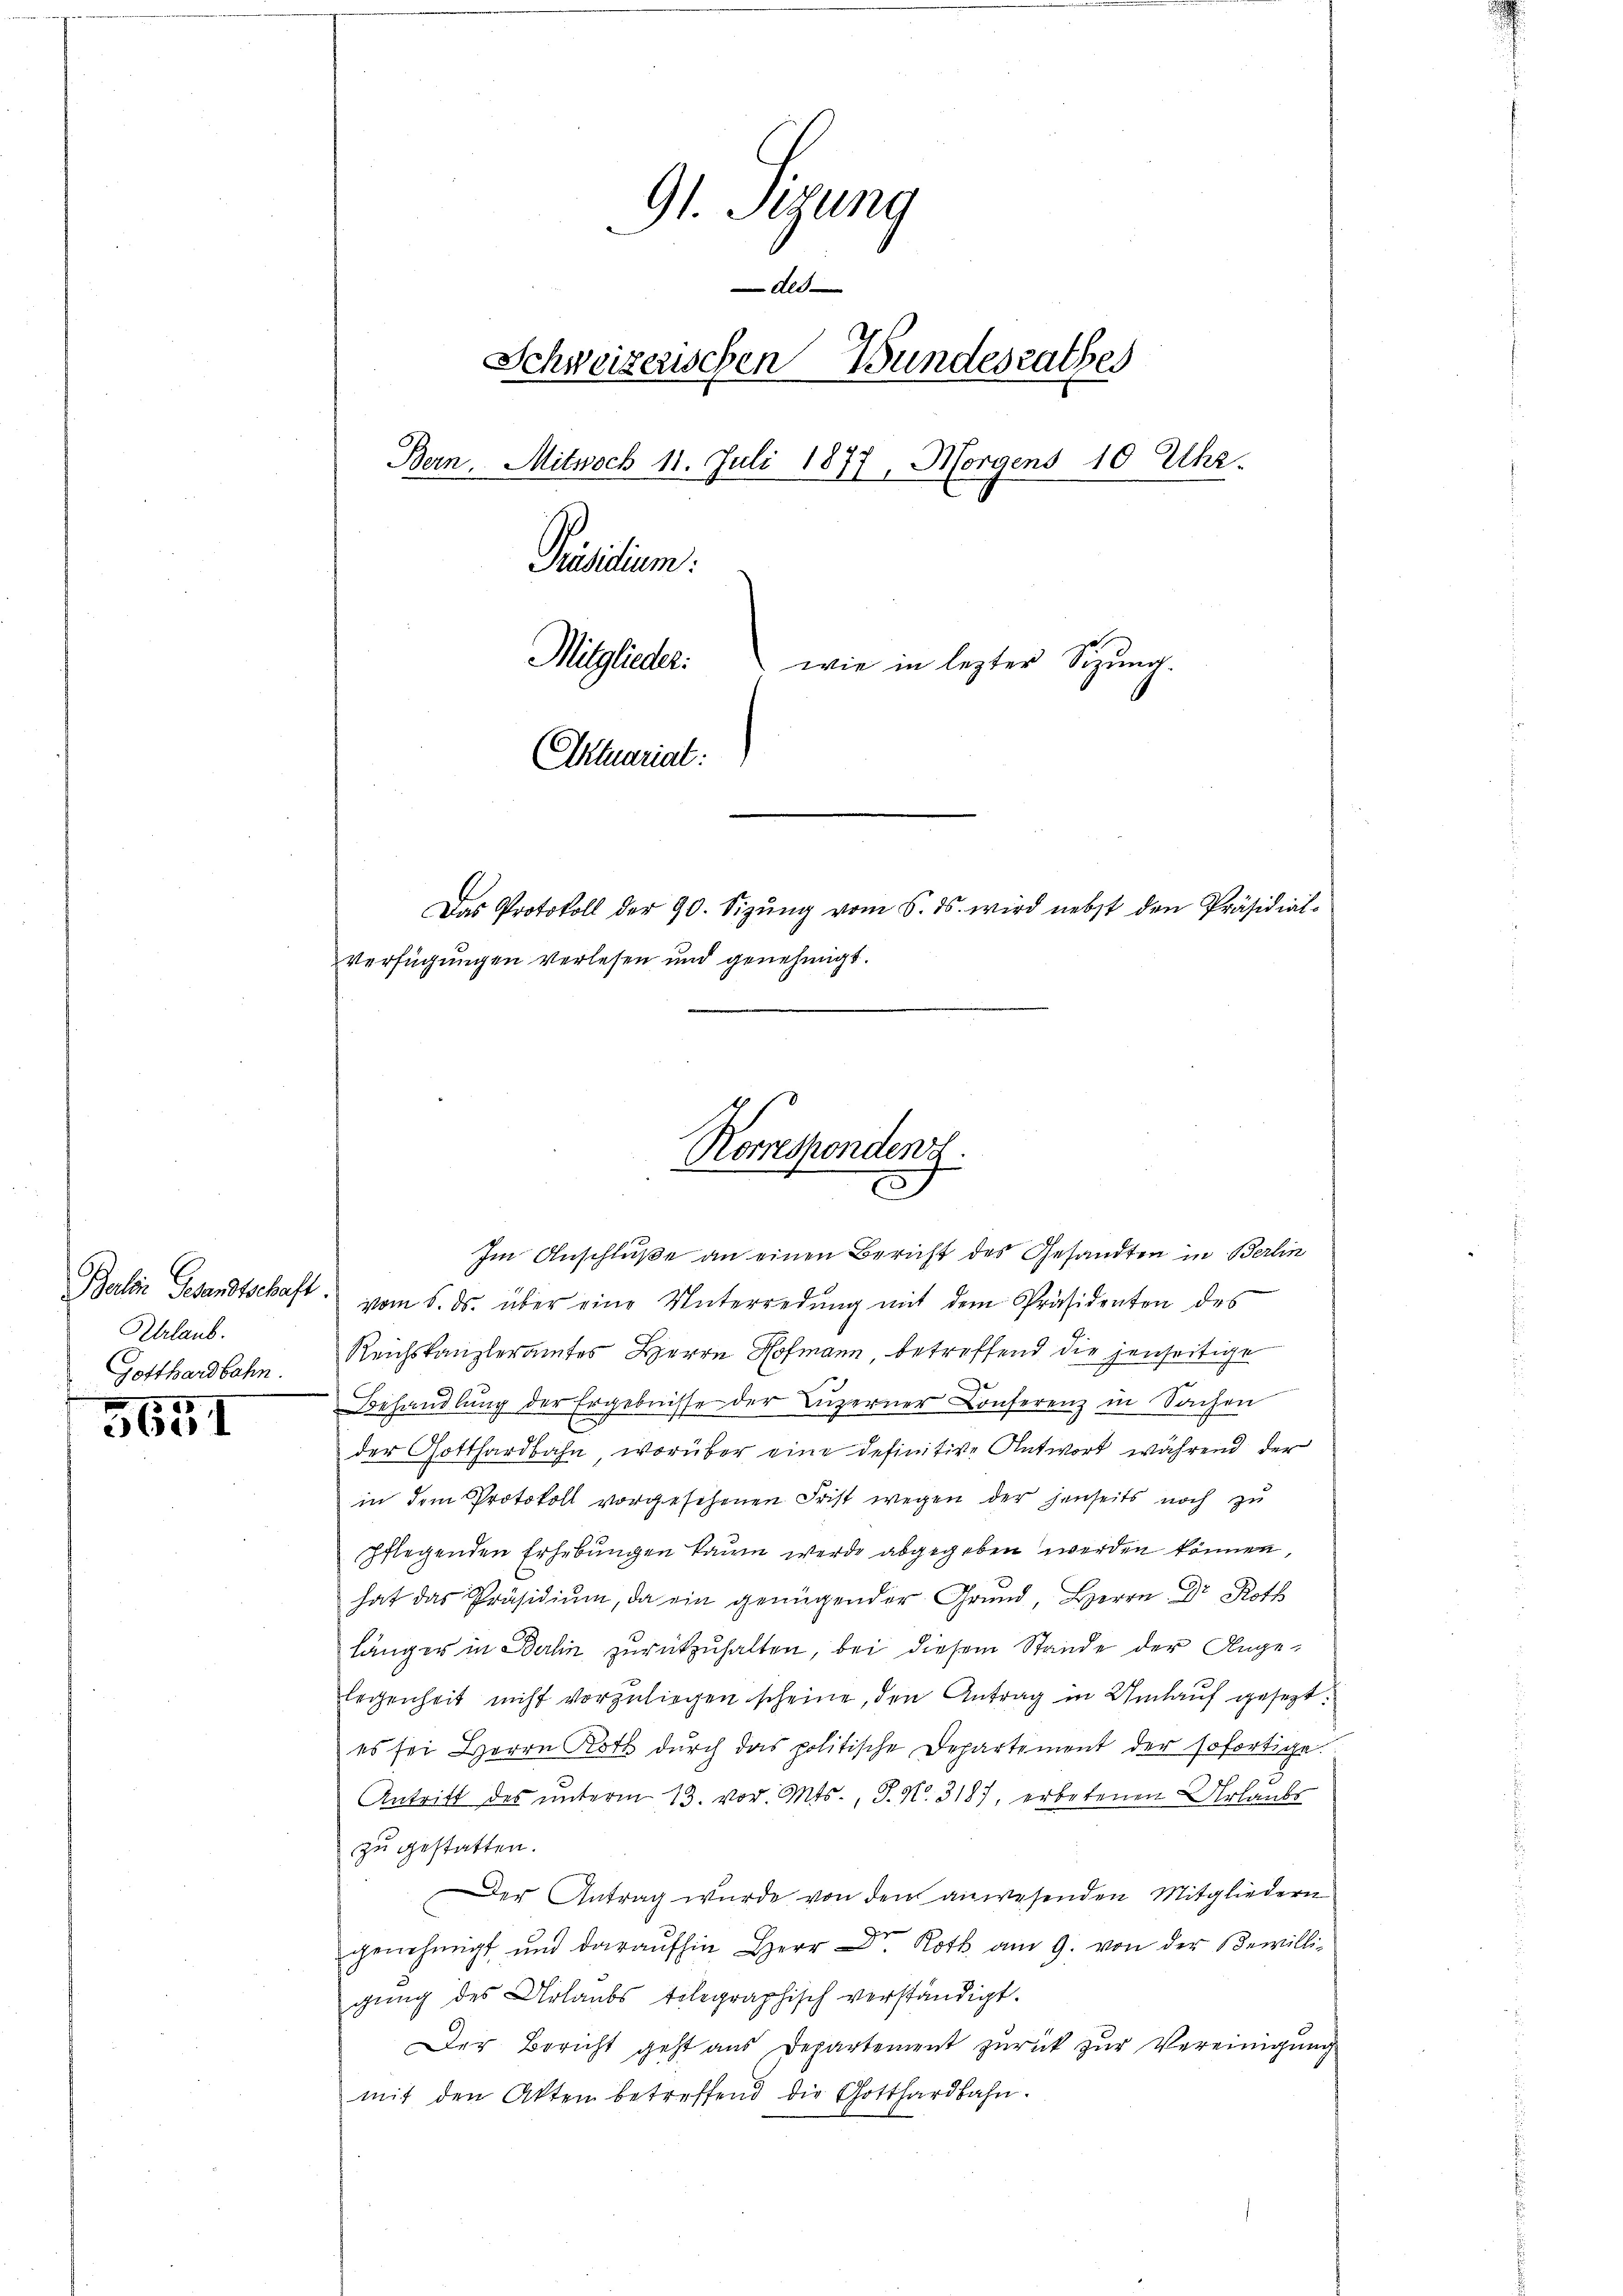
Balbie Gesandtschaft
Urlaub.
Gotthardbahn.

3631

91. Sizung
des
Schweizerischen Bundesrathes
Bern. Mitwoch 11. Juli 1877, Morgens 10 Uhr.
Präsidium
Mitglieder:
wie in lezter Sizung.
Atuariat
Das Protokoll der 90. Sizung vom 6. ds. wird nebst den Präsidial-
Verfügungen verlesen und genehmigt.

Im Anschluße an einen Bericht des Gesandten in Berlin
vom 5. ds. über eine Unterredung mit dem Präsidenten des
Reichskanzleramtes Herrn Hofmann, betreffend die jenseitige
Behandlŭng der Ergebnisse der Luzerner Conferenz in Sachen
der Gotthardbahn, worüber eine definitive Antwort während der
in dem Protokoll vorgesehenen Frist wegen der jenseits noch zu
pflegenden Erhebungen kaum werde abgegeben werden können,
hat das Präsidium, da ein genügender Grund, Herrn Dr Roth
länger in Berlin zurückzuhalten, bei diesem Stande der Angelegenheit nicht vorzuliegen scheine, den Antrag in Umlauf gesezt.
es sei Herrn Koth durch das politische Departement der sofortige.
Antritt des unterm 13. vor. Mts., S. Nr. 3187, erbetenen Urlaubs
zu gestatten.
Der Antrag wurde von den anwesenden Mitgliedern
genehmigt und daraufhin Herr Dr. Roth am 9. von der Bewilli-
gung des Urlaubs telegraphisch verständigt.
Der Bericht geht aus Departement zurück zur Vereinigung
mit den Akten betreffend die Gotthardbahn.

Rorresponden
E